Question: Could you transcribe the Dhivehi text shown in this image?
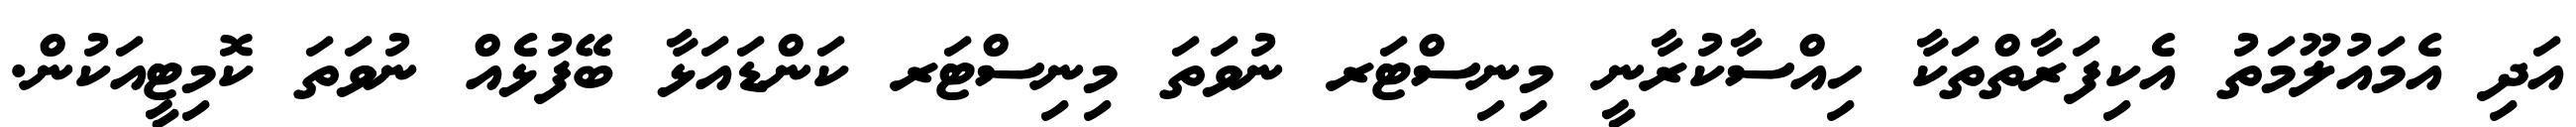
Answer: އަދި އެމައުލޫމަތު އެކިފަރާތްތަކާ ހިއްސާކުރާނީ މިނިސްޓަރ ނުވަތަ މިނިސްޓަރ ކަންޑައަޅާ ބޭފުޅެއް ނުވަތަ ކޮމިޓީއަކުން.